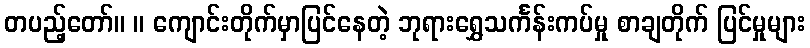
တပည့်တော်။ ။ ကျောင်းတိုက်မှာပြင်နေတဲ့ ဘုရားရွှေသင်္ကန်းကပ်မှု စာချတိုက် ပြင်မှုများ